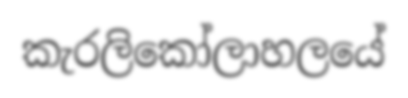
කැරලිකෝලාහලයේ